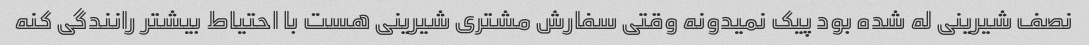
نصف شیرینی له شده بود پیک نمیدونه وقتی سفارش مشتری شیرینی هست با احتیاط بیشتر رانندگی کنه